Lunatic asylums Burma 1907-21 - 1907-1921
Year: 1907
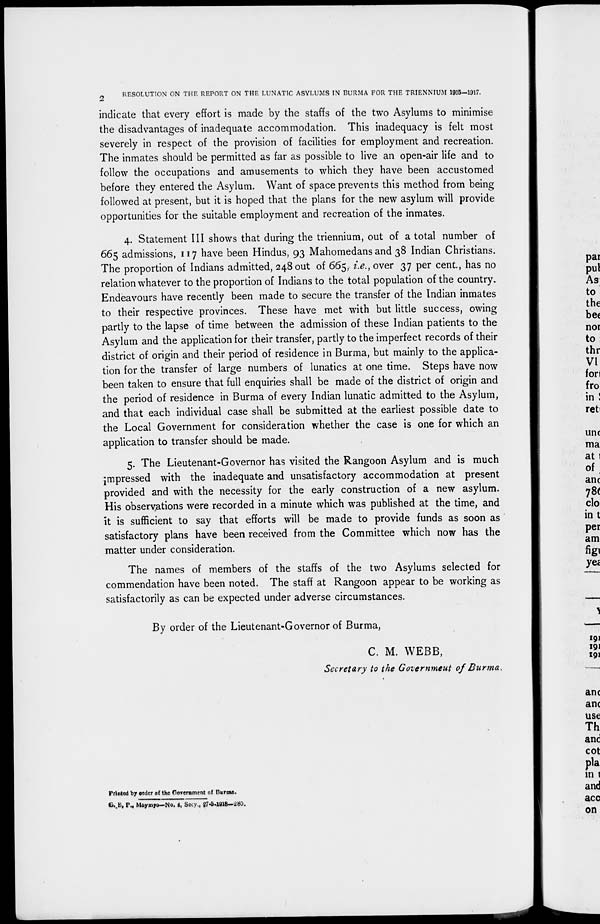
2
RESOLUTION ON THE REPORT ON THE LUNATIC ASYLUMS IN BURMA FOR THE TRIENNIUM 1915-1917.
indicate that every effort is made by the staffs of the two Asylums to minimise
the disadvantages of inadequate accommodation. This inadequacy is felt most
severely in respect of the provision of facilities for employment and recreation.
The inmates should be permitted as far as possible to live an open-air life and to
follow the occupations and amusements to which they have been accustomed
before they entered the Asylum. Want of space prevents this method from being
followed at present, but it is hoped that the plans for the new asylum will provide
opportunities for the suitable employment and recreation of the inmates.
4. Statement III shows that during the triennium, out of a total number of
665 admissions, 117 have been Hindus, 93 Mahomedans and 38 Indian Christians.
The proportion of Indians admitted, 248 out of 665, i.e., over 37 per cent., has no
relation whatever to the proportion of Indians to the total population of the country.
Endeavours have recently been made to secure the transfer of the Indian inmates
to their respective provinces. These have met with but little success, owing
partly to the lapse of time between the admission of these Indian patients to the
Asylum and the application for their transfer, partly to the imperfect records of their
district of origin and their period of residence in Burma, but mainly to the applica-
tion for the transfer of large numbers of lunatics at one time. Steps have now
been taken to ensure that full enquiries shall be made of the district of origin and
the period of residence in Burma of every Indian lunatic admitted to the Asylum,
and that each individual case shall be submitted at the earliest possible date to
the Local Government for consideration whether the case is one for which an
application to transfer should be made.
5. The Lieutenant-Governor has visited the Rangoon Asylum and is much
impressed with the inadequate and unsatisfactory accommodation at present
provided and with the necessity for the early construction of a new asylum.
His observations were recorded in a minute which was published at the time, and
it is sufficient to say that efforts will be made to provide funds as soon as
satisfactory plans have been received from the Committee which now has the
matter under consideration.
The names of members of the staffs of the two Asylums selected for
commendation have been noted. The staff at Rangoon appear to be working as
satisfactorily as can be expected under adverse circumstances.
By order of the Lieutenant-Governor of Burma,
C. M. WEBB,
Secretary to the Government of Burma.
Printed by order of the Government of Burma.
G.B. P., Maymyo—No. 4, Secy., 27-5-1918—280.